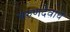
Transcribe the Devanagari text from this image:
वरुणदेवाचे